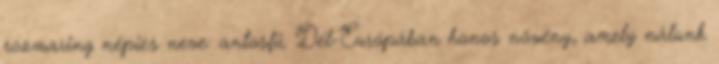
rozmaring népies neve: antosfű. Dél-Európában honos növény, amely nálunk